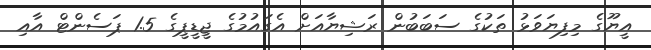
އީޔޫގެ މިފިޔަވަޅު ތަކުގެ ސަބަބުން ރަޝިޔާއަށް އެގައުމުގެ ޖީޑީޕީގެ 1.5 ޕަސެންޓް އާއި